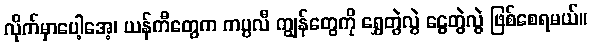
လိုက်မှာပေါ့အေ့၊ ယန်ကီတွေက ကပ္ပလီ ကျွန်တွေကို ရွှေတွဲလွဲ ငွေတွဲလွဲ ဖြစ်စေရမယ်။